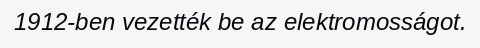
1912-ben vezették be az elektromosságot.